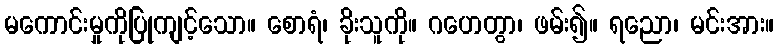
မကောင်းမှုကိုပြုကျင့်သော။ စောရံ၊ ခိုးသူကို။ ဂဟေတွာ၊ ဖမ်း၍။ ရညော၊ မင်းအား။